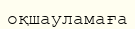
оқшауламаға